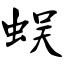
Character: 蜈